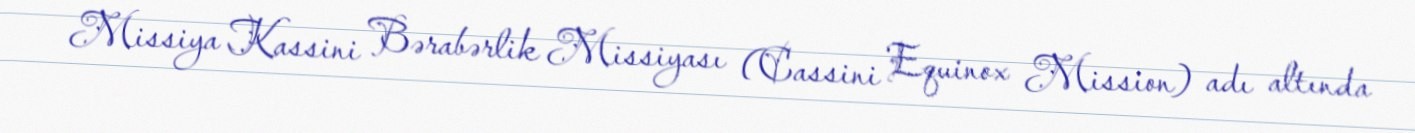
Missiya Kassini Bərabərlik Missiyası (Cassini Equinox Mission) adı altında